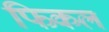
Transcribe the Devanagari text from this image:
फिकल